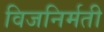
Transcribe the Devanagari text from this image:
विजनिर्मती